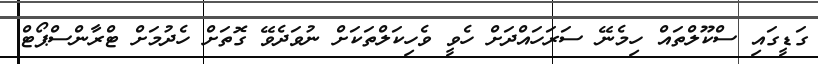
ގަޑީގައި ސްކޫލްތައް ހިމެނޭ ސަރަހައްދަށް ހެވީ ވެހިކަލްތަކަށް ނުވަދެވޭ ގޮތަށް ހެދުމަށް ޓްރާންސްޕޯޓް